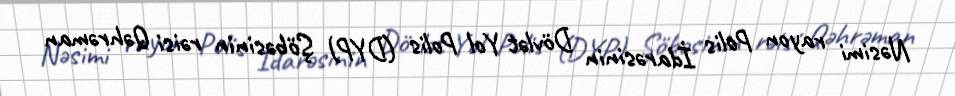
Nəsimi rayon Polis İdarəsinin Dövlət Yol Polis (DYP) Şöbəsinin rəisi Qəhrəman